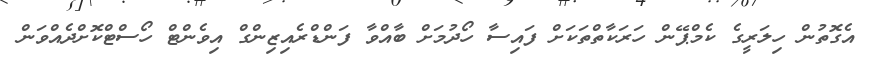
އެގޮތުން ހިލަރީގެ ކެމްޕޭން ހަރަކާތްތަކަށް ފައިސާ ހޯދުމަށް ބާއްވާ ފަންޑްރެއިޒިންގް އިވެންޓް ހޯސްޓްކޮށްދެއްވަން